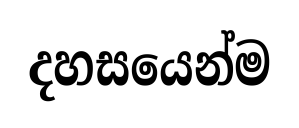
දහසයෙන්ම